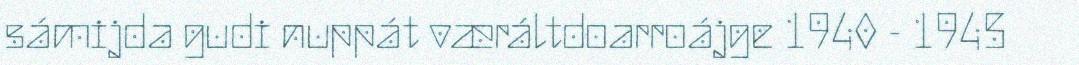
sámijda gudi nuppát væráltdoarroájge 1940 - 1945